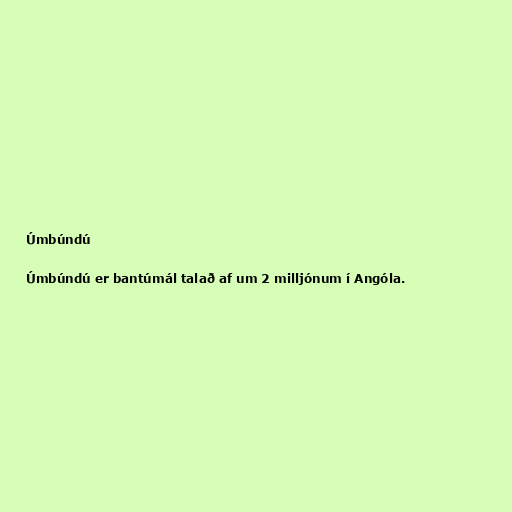
Úmbúndú

Úmbúndú er bantúmál talað af um 2 milljónum í Angóla.